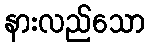
နားလည်သော